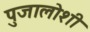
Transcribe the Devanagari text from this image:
पुजालोशी